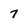
Character: 7